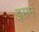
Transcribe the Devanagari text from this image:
इसमं